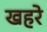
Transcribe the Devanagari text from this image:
खहरे